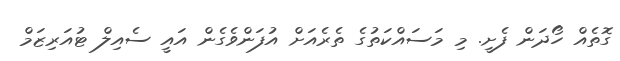
ގޮތެއް ހޯދަން ފެށީ. މި މަސައްކަތުގެ ތެރެއަށް އުފަންވެގެން އައީ ސެއިލް ޓުއަރިޒަމް